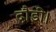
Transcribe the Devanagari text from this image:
दौडी।